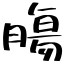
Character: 膓